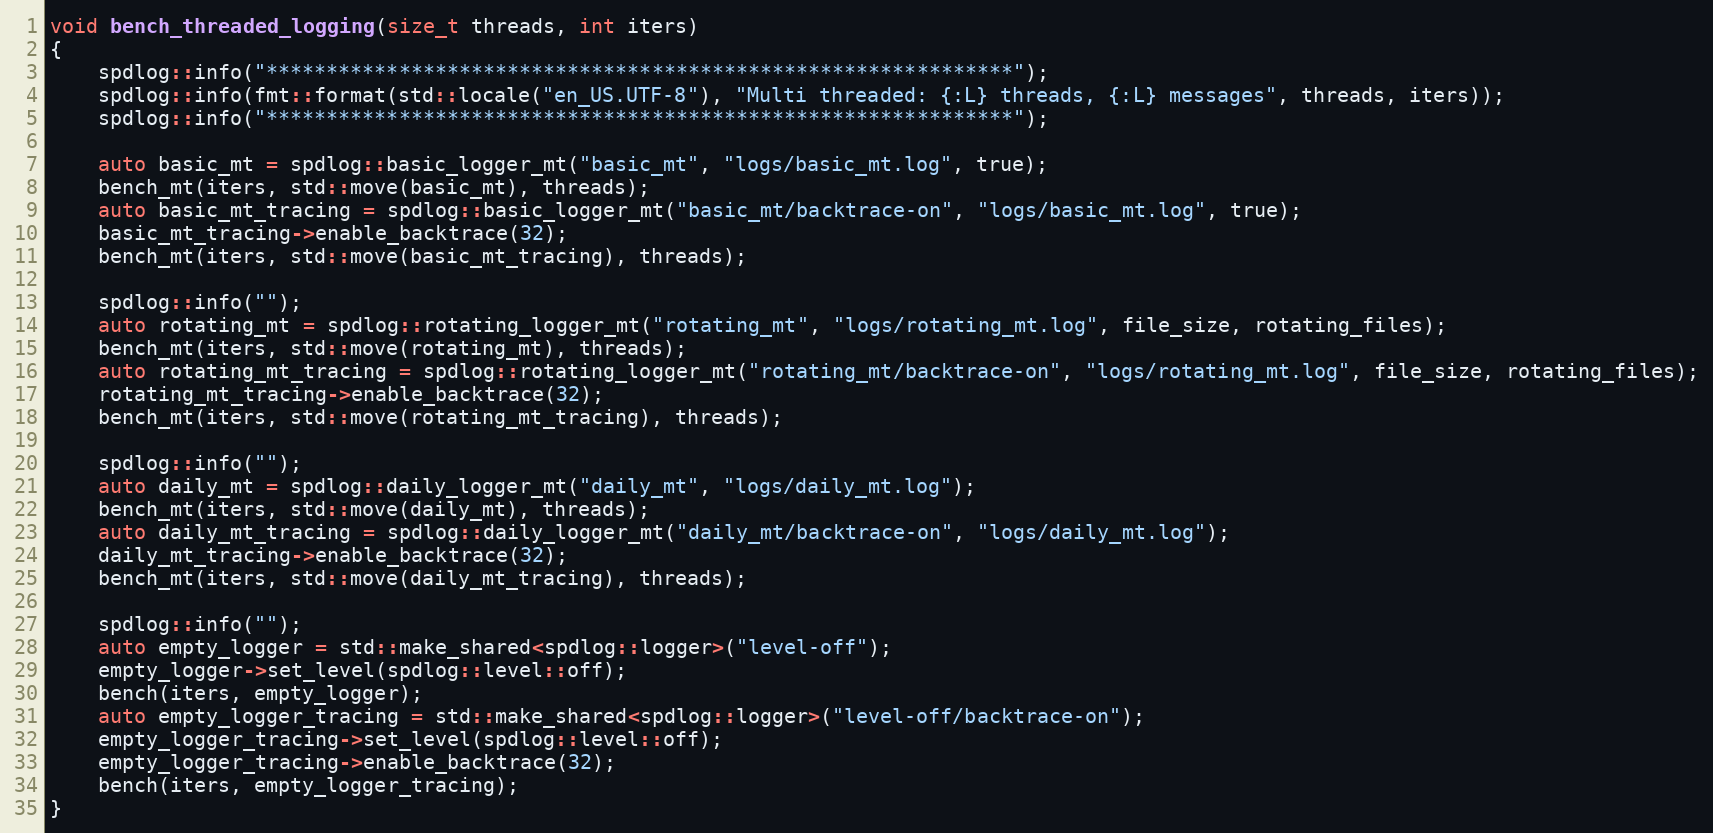
Language: C++
void bench_threaded_logging(size_t threads, int iters)
{
    spdlog::info("**************************************************************");
    spdlog::info(fmt::format(std::locale("en_US.UTF-8"), "Multi threaded: {:L} threads, {:L} messages", threads, iters));
    spdlog::info("**************************************************************");

    auto basic_mt = spdlog::basic_logger_mt("basic_mt", "logs/basic_mt.log", true);
    bench_mt(iters, std::move(basic_mt), threads);
    auto basic_mt_tracing = spdlog::basic_logger_mt("basic_mt/backtrace-on", "logs/basic_mt.log", true);
    basic_mt_tracing->enable_backtrace(32);
    bench_mt(iters, std::move(basic_mt_tracing), threads);

    spdlog::info("");
    auto rotating_mt = spdlog::rotating_logger_mt("rotating_mt", "logs/rotating_mt.log", file_size, rotating_files);
    bench_mt(iters, std::move(rotating_mt), threads);
    auto rotating_mt_tracing = spdlog::rotating_logger_mt("rotating_mt/backtrace-on", "logs/rotating_mt.log", file_size, rotating_files);
    rotating_mt_tracing->enable_backtrace(32);
    bench_mt(iters, std::move(rotating_mt_tracing), threads);

    spdlog::info("");
    auto daily_mt = spdlog::daily_logger_mt("daily_mt", "logs/daily_mt.log");
    bench_mt(iters, std::move(daily_mt), threads);
    auto daily_mt_tracing = spdlog::daily_logger_mt("daily_mt/backtrace-on", "logs/daily_mt.log");
    daily_mt_tracing->enable_backtrace(32);
    bench_mt(iters, std::move(daily_mt_tracing), threads);

    spdlog::info("");
    auto empty_logger = std::make_shared<spdlog::logger>("level-off");
    empty_logger->set_level(spdlog::level::off);
    bench(iters, empty_logger);
    auto empty_logger_tracing = std::make_shared<spdlog::logger>("level-off/backtrace-on");
    empty_logger_tracing->set_level(spdlog::level::off);
    empty_logger_tracing->enable_backtrace(32);
    bench(iters, empty_logger_tracing);
}